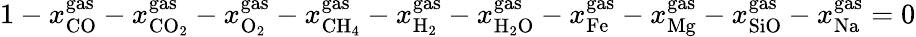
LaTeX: \begin{array}{r}{1-x_{\mathrm{{CO}}}^{{\mathrm{gas}}}-x_{\mathrm{{C}}{{\mathrm{O}}_{\mathrm{{2}}}}}^{{\mathrm{gas}}}-x_{{\mathrm{{O}}_{\mathrm{2}}}}^{\mathrm{{gas}}}-x_{{\mathrm{C}}{\mathrm{{H}}_{\mathrm{4}}}}^{\mathrm{{gas}}}-x_{{{\mathrm{H}}_{\mathrm{{2}}}}}^{{\mathrm{gas}}}-x_{{\mathrm{{H}}_{\mathrm{2}}}\mathrm{{O}}}^{{\mathrm{gas}}}-x_{\mathrm{{Fe}}}^{{\mathrm{gas}}}-x_{\mathrm{{Mg}}}^{{\mathrm{gas}}}-x_{\mathrm{{SiO}}}^{{\mathrm{gas}}}-x_{\mathrm{{Na}}}^{{\mathrm{gas}}}=0}\end{array}